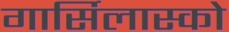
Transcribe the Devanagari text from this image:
गार्सिलास्को